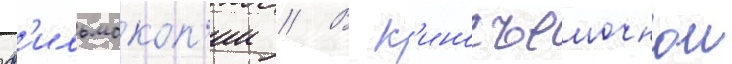
ф'ильмокоп'ии // В к'иносъемочнои